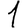
Digit: 1